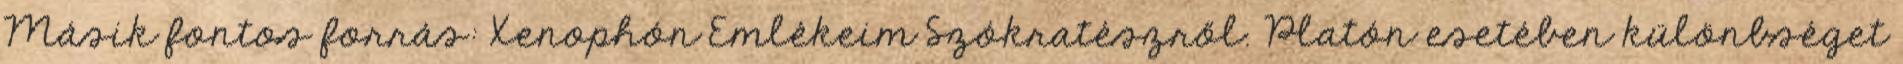
Másik fontos forrás: Xenophón Emlékeim Szókratészről. Platón esetében különbséget